Report on the working of the mental hospitals for Indians in Bihar and Orissa - 1925-1929
Year: 1925
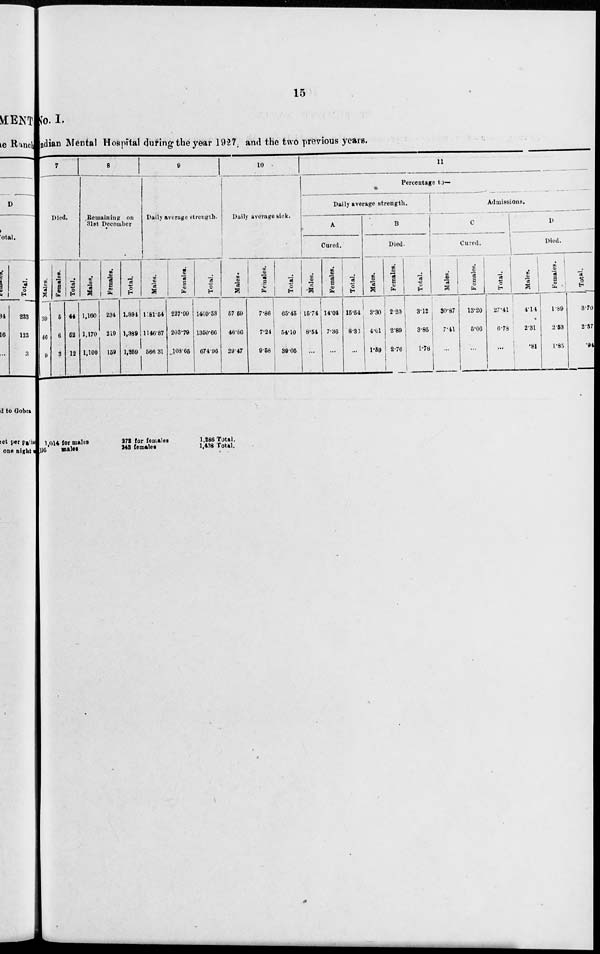
15
No. I.
ndian Mental Hospital during the year 1927 and the two previous years.
7
Died.
Males.
39
46
9
Females.
5
6
3
Total.
44
52
12
8
Remaining on
31st December
Males.
1,160
1,170
1,100
Females.
234
219
159
Total.
1,394
1,389
1,259
9
Daily average strength.
Males.
1181.54
1146.87
566.31
Females.
227.99
203.79
108.65
Total.
1409.53
1350.66
674.96
10
Daily average sick.
Males.
57.59
46.86
29.47
Females.
7.86
7.24
9.58
Total.
65.45
54.10
39.05
11
Percentage to—
Daily average strength.
A
Cured.
Males.
15.74
8.54
...
Females.
14.04
7.36
...
Total.
15.54
8.33
...
B
Died.
Males.
3.30
4.01
1.59
Females.
2.20
2.89
2.76
Total.
3.12
3.85
1.78
Admissions.
C
Cured.
Males.
30.87
7.41
...
Females.
13.20
5.06
...
Total.
27.41
6.78
...
D
Died.
Males.
4.14
2.31
.81
Females.
1.89
2.53
1.85
Total.
3.70
2.37
.94
1,014 for males
195
males
272 for females
248 females
1,286 Total.
1,438 Total.